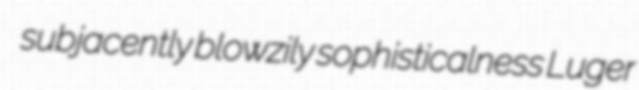
subjacently blowzily sophisticalness Luger